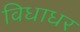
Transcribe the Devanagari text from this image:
विधाधर